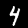
Digit: 4